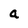
Character: a